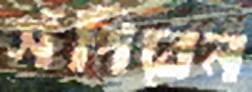
সঁপিবেন